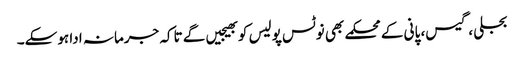
بجلی ، گیس، پانی کے محکمے بھی نوٹس پولیس کو بھیجیں گے تاکہ جرمانہ ادا ہوسکے۔